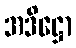
အဒိဋ္ဌော